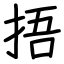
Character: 捂